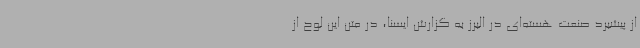
از پیشبرد صنعت هسته‌ای در البرز به گزارش ایسنا، در متن این لوح از